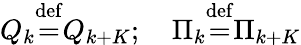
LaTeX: Q_{k}{\stackrel{\mathrm{def}}{=}}Q_{k+K};\quad\Pi_{k}{\stackrel{\mathrm{def}}{=}}\Pi_{k+K}